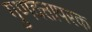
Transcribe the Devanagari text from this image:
गुणवत्तापरक